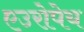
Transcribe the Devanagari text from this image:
एउरोपेय